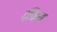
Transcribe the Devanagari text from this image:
इंक्रिस